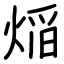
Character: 㷔